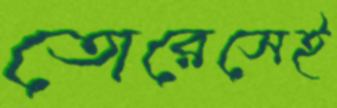
তোরেসেই